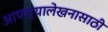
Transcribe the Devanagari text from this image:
आपल्यालेखनासाठी